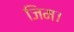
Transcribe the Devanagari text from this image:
जिम।